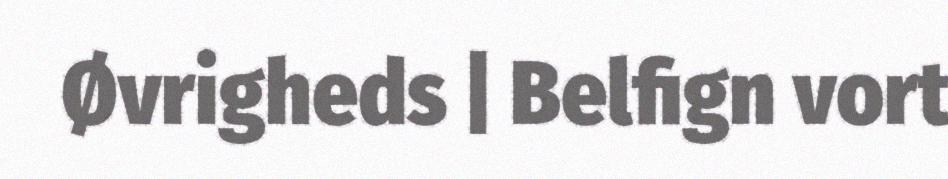
Øvrigheds | Belfign vort